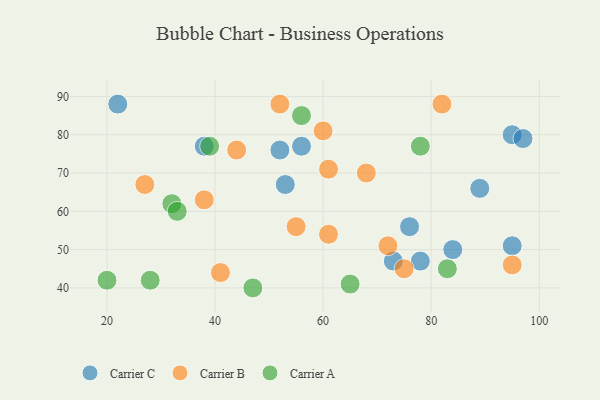
{"axis": {"x": "GDP", "y": "Life Expectancy"}, "legend": ["Carrier A", "Carrier B", "Carrier C"], "data": [{"x": "38", "y": 77, "type": "Carrier C"}, {"x": "52", "y": 76, "type": "Carrier C"}, {"x": "95", "y": 80, "type": "Carrier C"}, {"x": "56", "y": 77, "type": "Carrier C"}, {"x": "78", "y": 47, "type": "Carrier C"}, {"x": "53", "y": 67, "type": "Carrier C"}, {"x": "76", "y": 56, "type": "Carrier C"}, {"x": "84", "y": 50, "type": "Carrier C"}, {"x": "89", "y": 66, "type": "Carrier C"}, {"x": "73", "y": 47, "type": "Carrier C"}, {"x": "95", "y": 51, "type": "Carrier C"}, {"x": "22", "y": 88, "type": "Carrier C"}, {"x": "97", "y": 79, "type": "Carrier C"}, {"x": "27", "y": 67, "type": "Carrier B"}, {"x": "82", "y": 88, "type": "Carrier B"}, {"x": "52", "y": 88, "type": "Carrier B"}, {"x": "44", "y": 76, "type": "Carrier B"}, {"x": "72", "y": 51, "type": "Carrier B"}, {"x": "68", "y": 70, "type": "Carrier B"}, {"x": "75", "y": 45, "type": "Carrier B"}, {"x": "55", "y": 56, "type": "Carrier B"}, {"x": "95", "y": 46, "type": "Carrier B"}, {"x": "38", "y": 63, "type": "Carrier B"}, {"x": "61", "y": 71, "type": "Carrier B"}, {"x": "41", "y": 44, "type": "Carrier B"}, {"x": "61", "y": 54, "type": "Carrier B"}, {"x": "60", "y": 81, "type": "Carrier B"}, {"x": "56", "y": 85, "type": "Carrier A"}, {"x": "32", "y": 62, "type": "Carrier A"}, {"x": "20", "y": 42, "type": "Carrier A"}, {"x": "83", "y": 45, "type": "Carrier A"}, {"x": "33", "y": 60, "type": "Carrier A"}, {"x": "78", "y": 77, "type": "Carrier A"}, {"x": "39", "y": 77, "type": "Carrier A"}, {"x": "47", "y": 40, "type": "Carrier A"}, {"x": "65", "y": 41, "type": "Carrier A"}, {"x": "28", "y": 42, "type": "Carrier A"}]}